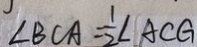
\angle B C A = \frac { 1 } { 2 } \angle A C G